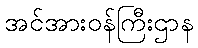
အင်အားဝန်ကြီးဌာန